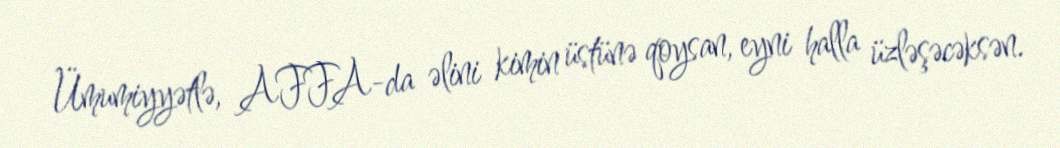
Ümumiyyətlə, AFFA-da əlini kimin üstünə qoysan, eyni halla üzləşəcəksən.